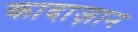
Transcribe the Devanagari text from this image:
कादाज़ान